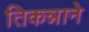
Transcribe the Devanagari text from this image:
तिकन्नाने